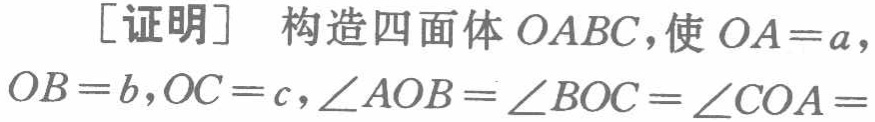
[证明] 构造四面体 \(OABC\)，使 \(OA = a\)，\(OB = b\)，\(OC = c\)，\(\angle AOB=\angle BOC = \angle COA=\)